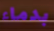
بدماء